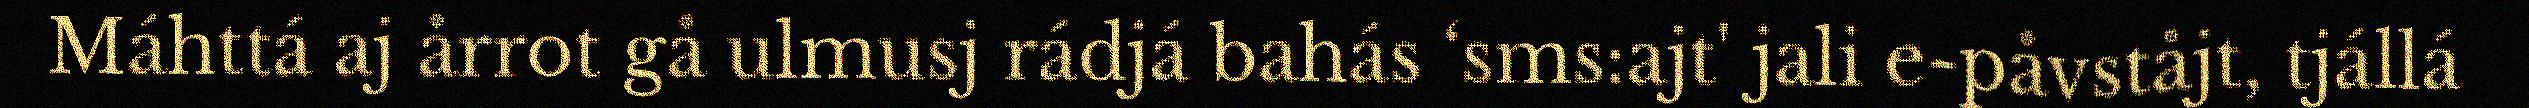
Máhttá aj årrot gå ulmusj rádjá bahás ‘sms:ajt' jali e-påvståjt, tjállá